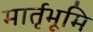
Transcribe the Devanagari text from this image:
मार्तृभूमि